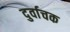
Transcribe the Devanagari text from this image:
दुर्वाचक